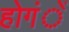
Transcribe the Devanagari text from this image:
होगंें